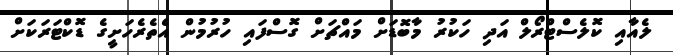
ލެއާއި ކޮލެސްޓްރޯލް އަދި ހަކުރު މާބޮޑަށް މައްޗަށް ގޮސްފައި ހުރުމުން އެތެރެހަށީގެ ޑޮކްޓަރަކަށް